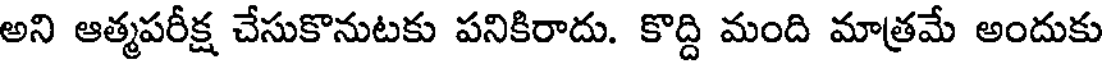
అని ఆత్మపరీక్ష చేసుకొనుటకు పనికిరాదు. కొద్ది మంది మాత్రమే అందుకు